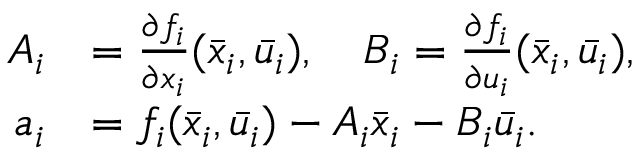
\begin{array} { r l } { A _ { i } } & { = \frac { \partial f _ { i } } { \partial x _ { i } } ( \bar { x } _ { i } , \bar { u } _ { i } ) , \quad B _ { i } = \frac { \partial f _ { i } } { \partial u _ { i } } ( \bar { x } _ { i } , \bar { u } _ { i } ) , } \\ { a _ { i } } & { = f _ { i } ( \bar { x } _ { i } , \bar { u } _ { i } ) - A _ { i } \bar { x } _ { i } - B _ { i } \bar { u } _ { i } . } \end{array}